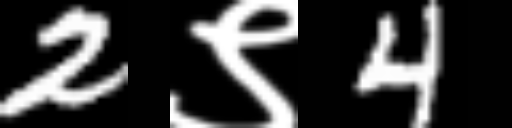
Text: 2९4